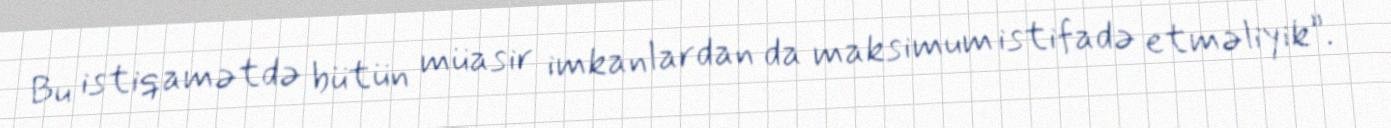
Bu istiqamətdə bütün müasir imkanlardan da maksimum istifadə etməliyik”.